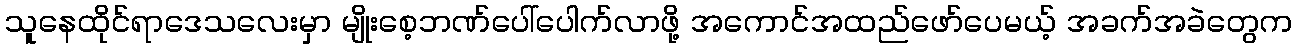
သူနေထိုင်ရာဒေသလေးမှာ မျိုးစေ့ဘဏ်ပေါ်ပေါက်လာဖို့ အကောင်အထည်ဖော်ပေမယ့် အခက်အခဲတွေက